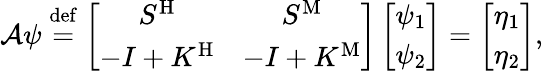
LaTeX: \begin{array}{r}{\mathcal{A}\psi\overset{\mathrm{def}}{=}\left[\begin{array}{cc}{S^{\mathrm{H}}}&{S^{\mathrm{M}}}\\ {-I+K^{\mathrm{H}}}&{-I+K^{\mathrm{M}}}\end{array}\right]\left[\begin{array}{c}{\psi_{1}}\\ {\psi_{2}}\end{array}\right]=\left[\begin{array}{c}{\eta_{1}}\\ {\eta_{2}}\end{array}\right],}\end{array}